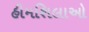
હીમશિલાઓ